Vaccination North-Western Provinces and Oudh 1878-1895 - 1878-1895
Year: 1878
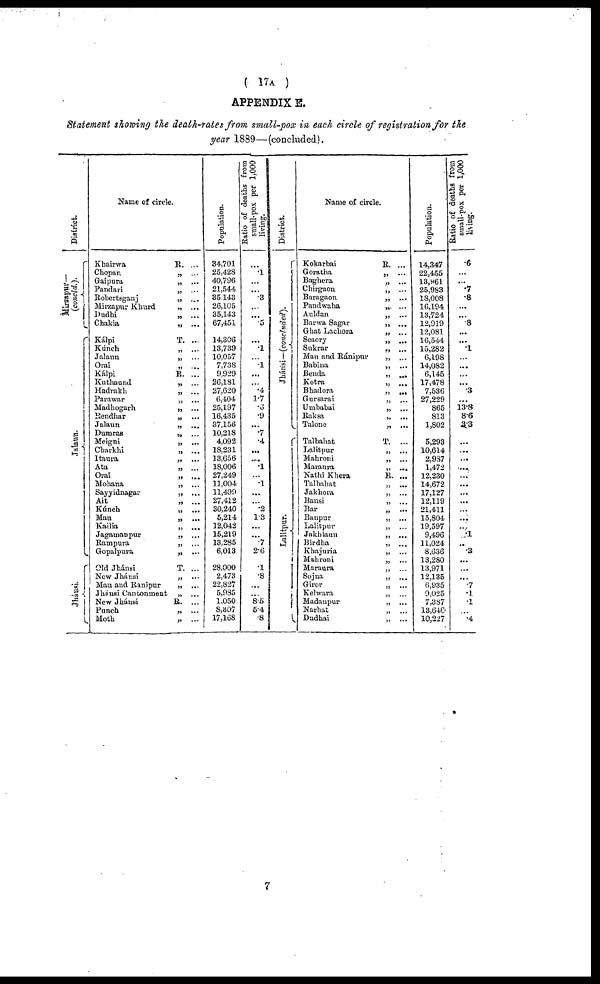
( 17A )
APPENDIX E.
Statement showing the death-rates from small-pox in each circle of registration for the
year 1889—(concluded).
District.
Nuzapur
(concld.).
Jalaun.
Jhánsi.
Name of circle.
Khairwa
R. ...
Chopan
„ ...
Gaipura
„ ...
Pandari
„ ...
Robertsganj
„ ...
Mirzapur Khurd
„ ...
Dudhi
„ ...
Chakia
„ ...
Kálpi
T. ...
Kúnch
„ ...
Jalaun
„ ...
Orai
„ ...
Kálpi
R. ...
Kuthaund
„ ...
Hadrakh
„ ...
Parawar
„ ...
Madhogarh
„ ...
Bendhar
„ ...
Jalaun
„ ...
Dumras
„ ...
Meigni
„ ...
Charkhi
„ ...
Itaura
„ ...
Áta
„ ...
Orai
„ ...
Mohana
„ ...
Sayyidnagar
„ ...
Ait
„ ...
Kúnch
„ ...
Mau
„ ...
Kailia
„ ...
Jagamanpur
„ ...
Rampura
„ ...
Gopalpura
„ ...
Old Jhánsi
T. ...
New Jhánsi
„ ...
Mau and Ranipur
„ ...
Jhánsi Cantonment „ ...
New Jhánsi
R. ...
Punch
„ ...
Moth
„ ...
Population.
34,701
25,428
40,796
21,544
35,148
26,105
35,143
67,451
14,306
13,739
10,057
7,738
9,929
26,181
27,620
6,404
25,197
16,435
37,156
10,218
4,092
18,231
13,656
18,006
27,249
11,004
11,499
27,412
30,240
5,214
12,042
15,219
13,285
6,013
28,000
2,473
22,827
5,985
1,050
8,307
17,168
Ratio of deaths from
small-pox per 1,000
living.
...
...
...
...
.3
...
...
.5
...
.1
...
.1
...
...
.4
1.7
.6
.9
...
.7
.4
...
...
.1
...
.1
...
...
.2
1.3
...
...
.7
2.6
.1
.8
...
...
8.5
5.4
.8
District.
Jhánsi—(concluded).
Lalitpur.
Name of circle.
Kokarbai
R. ...
Goralha
„ ...
Baghera
„ ...
Chirgaon
„ ...
Baragaon
„ ...
Pandwaha
„ ...
Auldan
„ ...
Barwa Sagar
„ ...
Ghat Laehora
„ ...
Seaory
„ ...
Sukrar
„ ...
Man and Ránipur
„ ...
Babina
„ ...
Benda
„ ...
Kotra
„ ...
Bhadora
„ ...
Gursarai
„ ...
Umhabai
„ ...
Raksa
„ ...
Talone
„ ...
Talbahat
T. ...
Lalitpur
„ ...
Mahroni
„ ...
Maraura
„ ...
Nathi Khera
R. ...
Talbahat
„ ...
Jakhora
„ ...
Bansi
„ ...
Bar
„ ...
Banpur
„ ...
Lalitpur
„ ...
Jakhlaun
„ ...
Birdha
„ ...
Khajuria
„ ...
Mahroni
„ ...
Maraura
„ ...
Sojna
„ ...
Giror
„ ...
Kelwara
„ ...
Madanpur
„ ...
Narhat
„ ...
Dadhai
„ ...
Population.
14,347
22,455
13,961
25,983
18,008
16,194
13,724
12,919
12,081
16,544
15,282
6,198
14,082
6,145
17,478
7,536
27,229
865
813
1,802
5,293
10,614
2,987
1,472
12,230
14,672
17,127
12,119
21,411
15,804
19,597
9,496
11,024
8,636
13,280
13,971
12,135
6,935
9,025
7,387
13,640
10,227
Ratio of deaths from
small-pox per 1,000
.6
...
...
.7
.8
...
...
.8
...
...
.1
...
...
...
...
.3
...
13.8
8.6
3.3
...
...
...
...
...
...
...
...
...
...
...
.1
...
.3
...
...
...
.7
.1
.1
...
.4
7